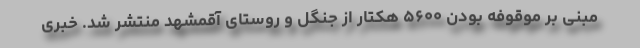
مبنی بر موقوفه بودن ۵۶۰۰ هکتار از جنگل و روستای آقمشهد منتشر شد. خبری